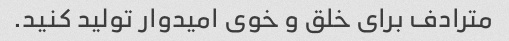
مترادف برای خلق و خوی امیدوار تولید کنید.